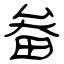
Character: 畚